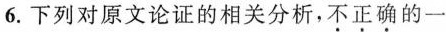
6.下列对原文论证的相关分析,不正确的一